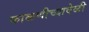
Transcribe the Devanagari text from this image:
फाळणीच्यावेळी